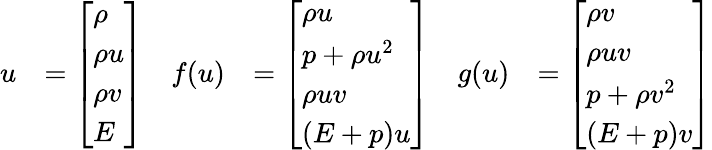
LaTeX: \begin{array}{rlrlrl}{u}&{=\left[\begin{array}{l}{\rho}\\ {\rho u}\\ {\rho v}\\ {E}\end{array}\right]}&{f(u)}&{=\left[\begin{array}{l}{\rho u}\\ {p+\rho u^{2}}\\ {\rho uv}\\ {(E+p)u}\end{array}\right]}&{g(u)}&{=\left[\begin{array}{l}{\rho v}\\ {\rho uv}\\ {p+\rho v^{2}}\\ {(E+p)v}\end{array}\right]}\end{array}